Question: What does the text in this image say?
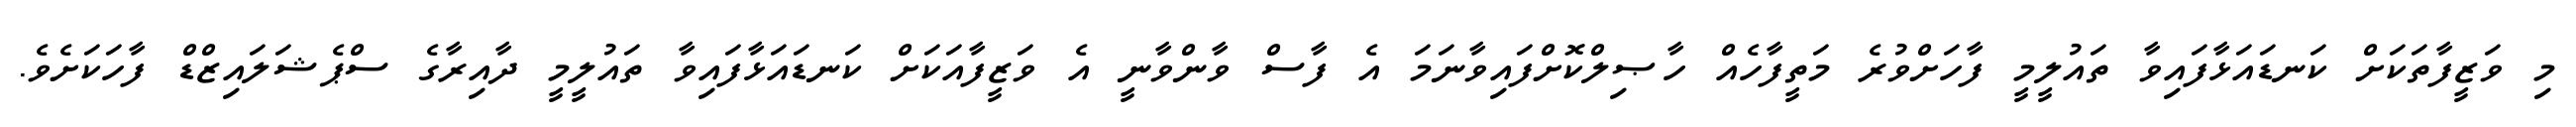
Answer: މި ވަޒީފާތަކަށް ކަނޑައަޅާފައިވާ ތައުލީމީ ފާހަށްވުރެ މަތީފާހެއް ހާޞިލްކޮށްފައިވާނަމަ އެ ފާސް ވާންވާނީ އެ ވަޒީފާއަކަށް ކަނޑައަޅާފައިވާ ތައުލީމީ ދާއިރާގެ ސްޕެޝަލައިޒްޑް ފާހަކަށެވެ.